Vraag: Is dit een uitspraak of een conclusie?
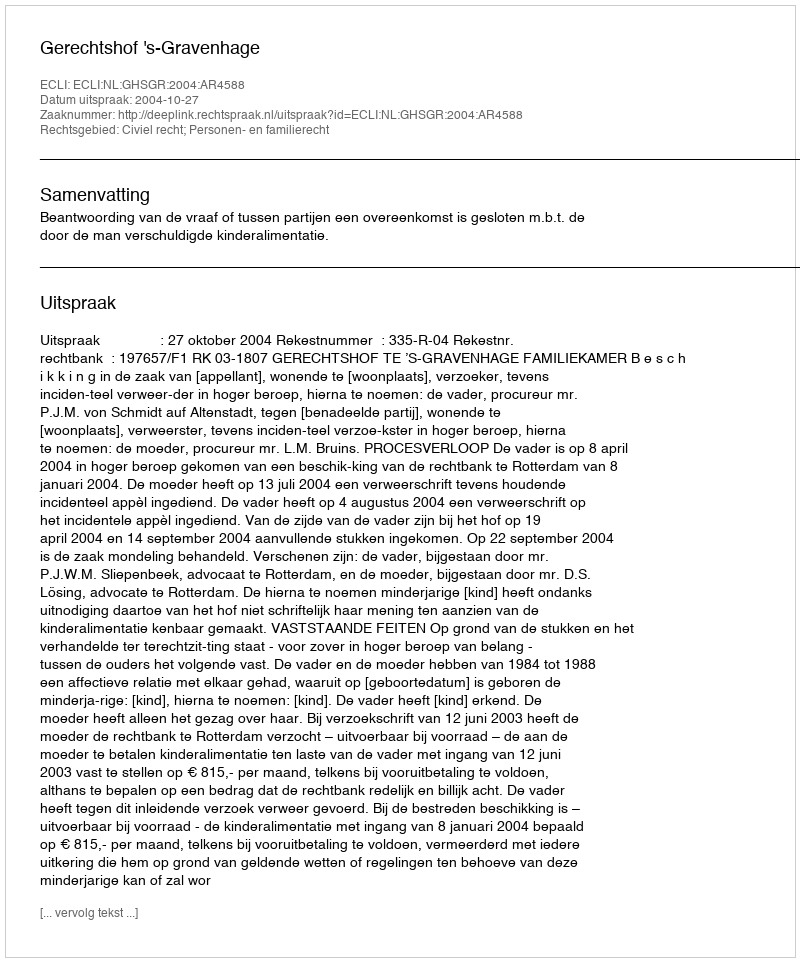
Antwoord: Uitspraak